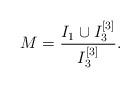
LaTeX: \begin{align*}M = \frac{I_1 \cup I_3^{[3]}}{I_3^{[3]}}.\end{align*}